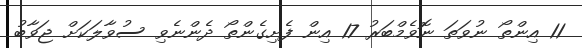
11 އިންތޯ ނުވަތަ ނޮވެމްބަރު 17 އިން ފެށިގެންތޯ ދެންނެވި ސުވާލަކަށް ޖަވާބު